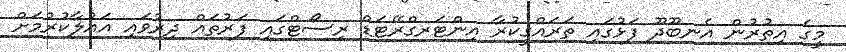
މީގެ އިތުރުން އެނބޫދޫ ފަޅުގައި ތަރައްގީކުރާ އިންޓަރގްރޭޓަޑް ރިސޯޓްގައި ފަރުތައް ދިރުވައި އައުލާކުރުމަށް